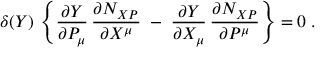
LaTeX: \delta ( { \cal Y } ) \, \left\{ \frac { \partial { \cal Y } } { \partial P _ { \mu } } \, \frac { \partial N _ { X P } } { \partial X ^ { \mu } } \; - \; \frac { \partial { \cal Y } } { \partial X _ { \mu } } \, \frac { \partial N _ { X P } } { \partial P ^ { \mu } } \right\} = 0 \; .